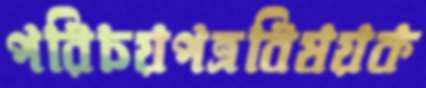
পরিচয়পত্রবিষয়ক